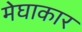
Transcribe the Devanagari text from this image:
मेघाकार